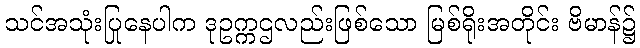
သင်အသုံးပြုနေပါက ဒုဥက္ကဌလည်းဖြစ်သော မြစ်ရိုးအတိုင်း ဗိမာန်၌